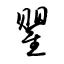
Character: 瞿